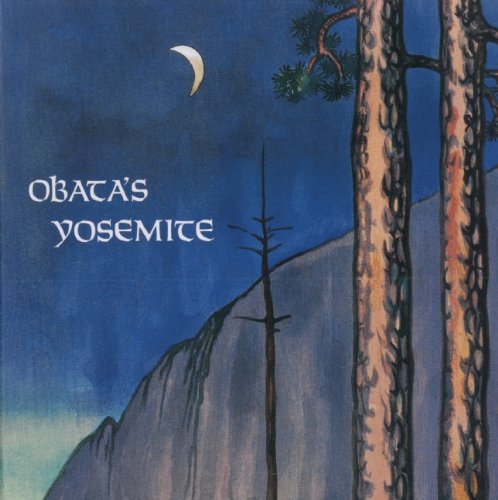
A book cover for Obata's Yosemite: Art and Letters of Obata from His Trip to the High Sierra in 1927; Arts & Photography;